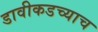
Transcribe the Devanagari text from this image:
डावीकडच्याच